Scientific memoirs by medical officers of the Army of India - Part X,
Year: 1897
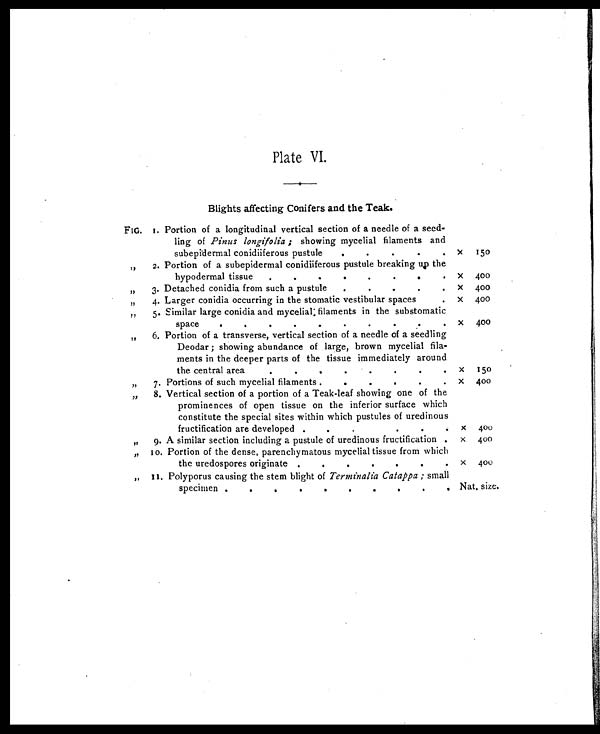
Plate VI.
Blights affecting Conifers and the Teak.
FIG. 1. Portion of a longitudinal vertical section of a needle of a seed-
ling of Pinus longifolia ; showing mycelial filaments and
subepidermal conidiiferous pustule
. . . . . x
150
„
2. Portion of a subepidermal conidiiferous pustule breaking up the
hypodermal tissue
.
.
. . .
.
. .
x 400
, ,
3. Detached conidia from such a pustule
.
.
. . .
x
400
„
4. Larger conidia occurring in the stomatic vestibular spaces
.
x 400
„
5. Similar large conidia and mycelial: filaments in the substomatic
space
.
.
.
.
.
.
.
. . .
x 400
, ,
6. Portion of a transverse, vertical section of a needle of a seedling
Deodar ; showing abundance of large, brown mycelial fila-
ments in the deeper parts of the tissue immediately around
the central area
. . . . . .
.
.
x
150
„
7. Portions of such mycelial filaments .
.
.
.
. .
x 400
, ,
8. Vertical section of a portion of a Teak-leaf showing one of the
prominences of open tissue on the inferior surface which
constitute the special sites within which pustules of uredinous
fructification are developed .
. . . .
.
x
400
„
9. A similar section including a pustule of uredinous fructification .
x
400
,, 10. Portion of the dense, parenchymatous mycelial tissue from which
the uredospores originate .
.
. . . . .
x
400
„ 11. Polyporus causing the stem blight of Terminalia Catappa ; small
specimen .
.
.
. . . . . .
Nat. size.